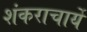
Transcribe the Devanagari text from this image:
शंकराचार्ये